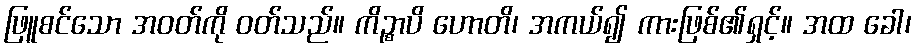
ဖြူစင်သော အဝတ်ကို ဝတ်သည်။ ကိဉ္စာပိ ဟောတိ၊ အကယ်၍ ကားဖြစ်၏ရှင့်။ အထ ခေါ၊